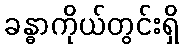
ခန္ဓာကိုယ်တွင်းရှိ